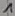
Text: 1